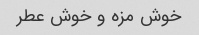
خوش مزه و خوش عطر